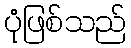
ပုံဖြစ်သည်